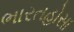
ભારતહોસા